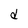
Character: d